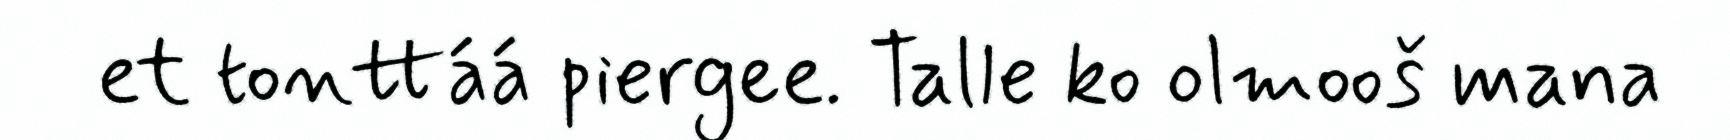
et tonttáá piergee. Talle ko olmooš mana